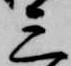
三